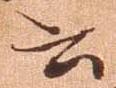
書